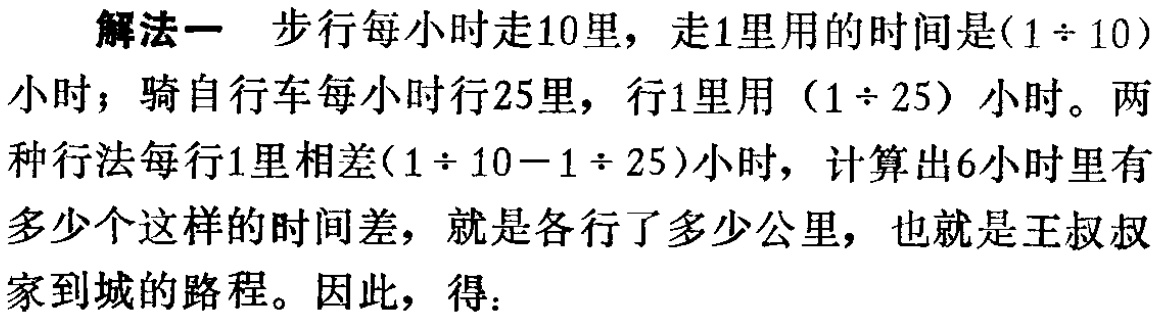
解法一 步行每小时走10里，走1里用的时间是\((1\div 10)\)小时；骑自行车每小时行25里，行1里用\((1\div 25)\)小时。两种行法每行1里相差\((1\div 10 - 1\div 25)\)小时，计算出6小时里有多少个这样的时间差，就是各行了多少公里，也就是王叔叔家到城的路程。因此，得：